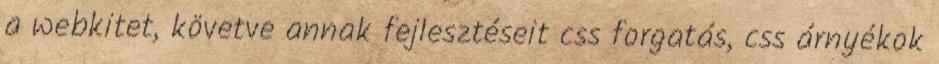
a webkitet, követve annak fejlesztéseit css forgatás, css árnyékok